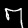
Label: 7